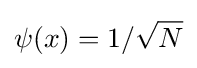
\psi (x)=1/{\sqrt {N}}